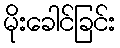
မိုးခေါင်ခြင်း